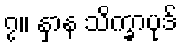
၇။ နှာန သိက္ခာပုဒ်